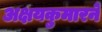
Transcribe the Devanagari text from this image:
अक्षयकुमारने